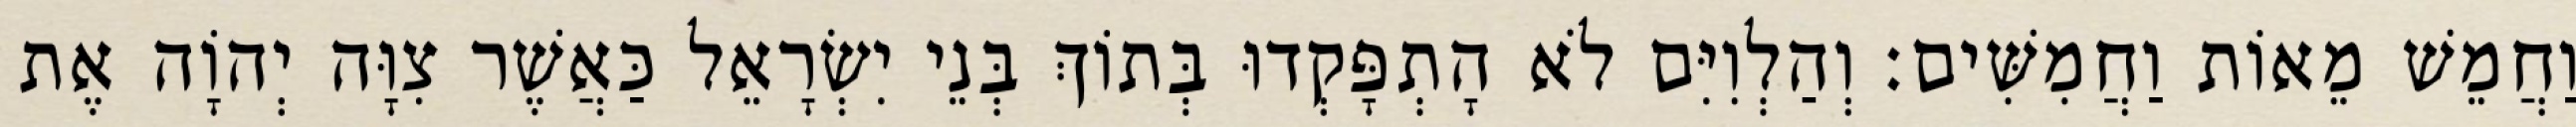
וַחֲמֵשׁ מֵאוֹת וַחֲמִשִּׁים׃ וְהַלְוִיִּם לֹא הָתְפָּקְדוּ בְּתוֹךְ בְּנֵי יִשְׂרָאֵל כַּאֲשֶׁר צִוָּה יְהוָֹה אֶת